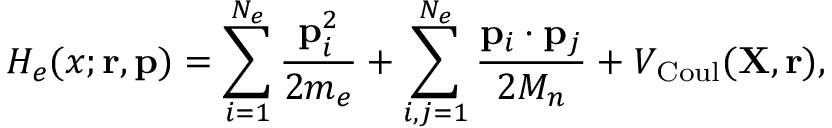
H _ { e } ( x ; { \mathbf { r } } , { \mathbf { p } } ) = \sum _ { i = 1 } ^ { N _ { e } } \frac { { \mathbf { p } } _ { i } ^ { 2 } } { 2 m _ { e } } + \sum _ { i , j = 1 } ^ { N _ { e } } \frac { { \mathbf { p } } _ { i } \cdot { \mathbf { p } } _ { j } } { 2 M _ { n } } + V _ { \mathrm { C o u l } } ( { \mathbf { X } } , { \mathbf { r } } ) ,